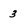
Character: 3